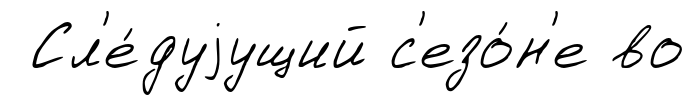
Сл'е́дуjущий с'езо́н'е во